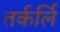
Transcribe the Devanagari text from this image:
तर्कर्लि